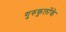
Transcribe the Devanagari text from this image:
गुरुकुलोंके